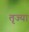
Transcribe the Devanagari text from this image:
तृज्या